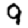
Digit: 9